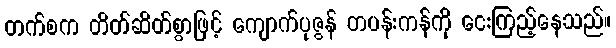
တက်စက တိတ်ဆိတ်စွာဖြင့် ကျောက်ပုဇွန် တပန်းကန်ကို ငေးကြည့်နေသည်။